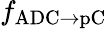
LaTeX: f_{\mathrm{ADC}\to\mathrm{pC}}